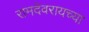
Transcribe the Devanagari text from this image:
रामदेवरायच्या